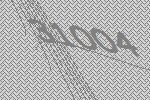
31004